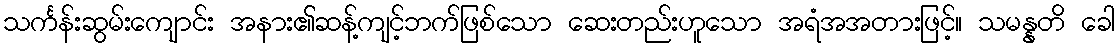
သင်္ကန်းဆွမ်းကျောင်း အနား၏ဆန့်ကျင့်ဘက်ဖြစ်သော ဆေးတည်းဟူသော အရံအအတားဖြင့်။ သမန္နတိ ခေါ